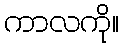
ကာလကို။